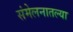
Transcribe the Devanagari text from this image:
संमेलनातल्या